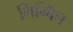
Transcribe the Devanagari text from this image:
निम्बिन